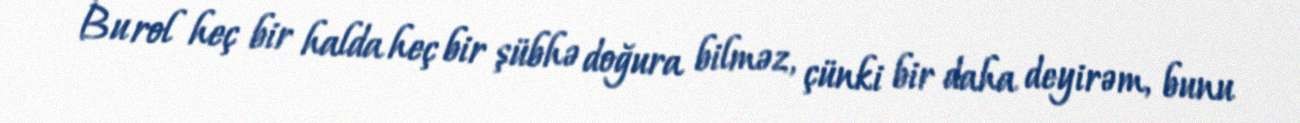
Bu rol heç bir halda heç bir şübhə doğura bilməz, çünki bir daha deyirəm, bunu